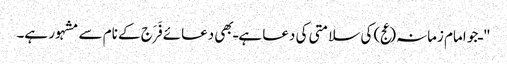
" ـ جو امام زمانہ(عج) کی سلامتی کی دعا ہے ـ بھی دعائے فَرَج کے نام سے مشہور ہے۔